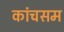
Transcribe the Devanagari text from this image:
कांचसम